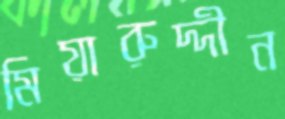
মিয়ারুদ্দীন